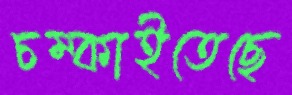
চম্‌কাইতেছে